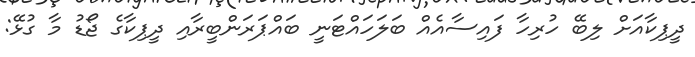
ދީޕިކާއަށް ލިބޭ ހުރިހާ ފައިސާއެއް ބަލަހައްޓަނީ ބައްޕަރަންބީރާއި ދީޕިކާގެ ޖޯޑު މާ ގުޅޭ: